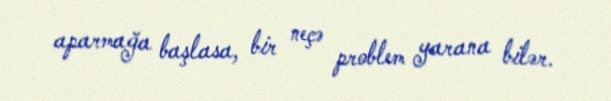
aparmağa başlasa, bir neçə problem yarana bilər.